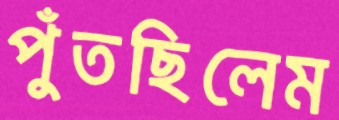
পুঁতছিলেম